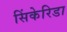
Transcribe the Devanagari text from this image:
सिंकेरिडा